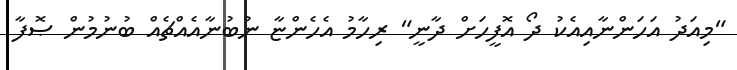
"މިއަދު އަހަންނާއިއެކު ދޯ އޮފީހަށް ދާނީ" ރިހާމު އެހެންޏާ ނުބުނާއެއްޗެއް ބުނުމުން ޞޮފާ